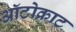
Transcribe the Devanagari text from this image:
ऑटोक्राट